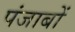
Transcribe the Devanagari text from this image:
पंजाबों